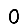
Digit: 0